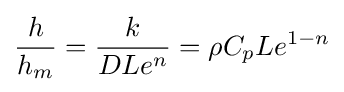
{\frac {h}{h_{m}}}={\frac {k}{DLe^{n}}}=\rho C_{p}Le^{1-n}